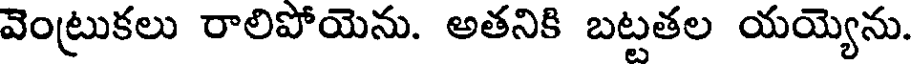
వెంట్రుకలు రాలిపోయెను. అతనికి బట్టతల యయ్యెను.